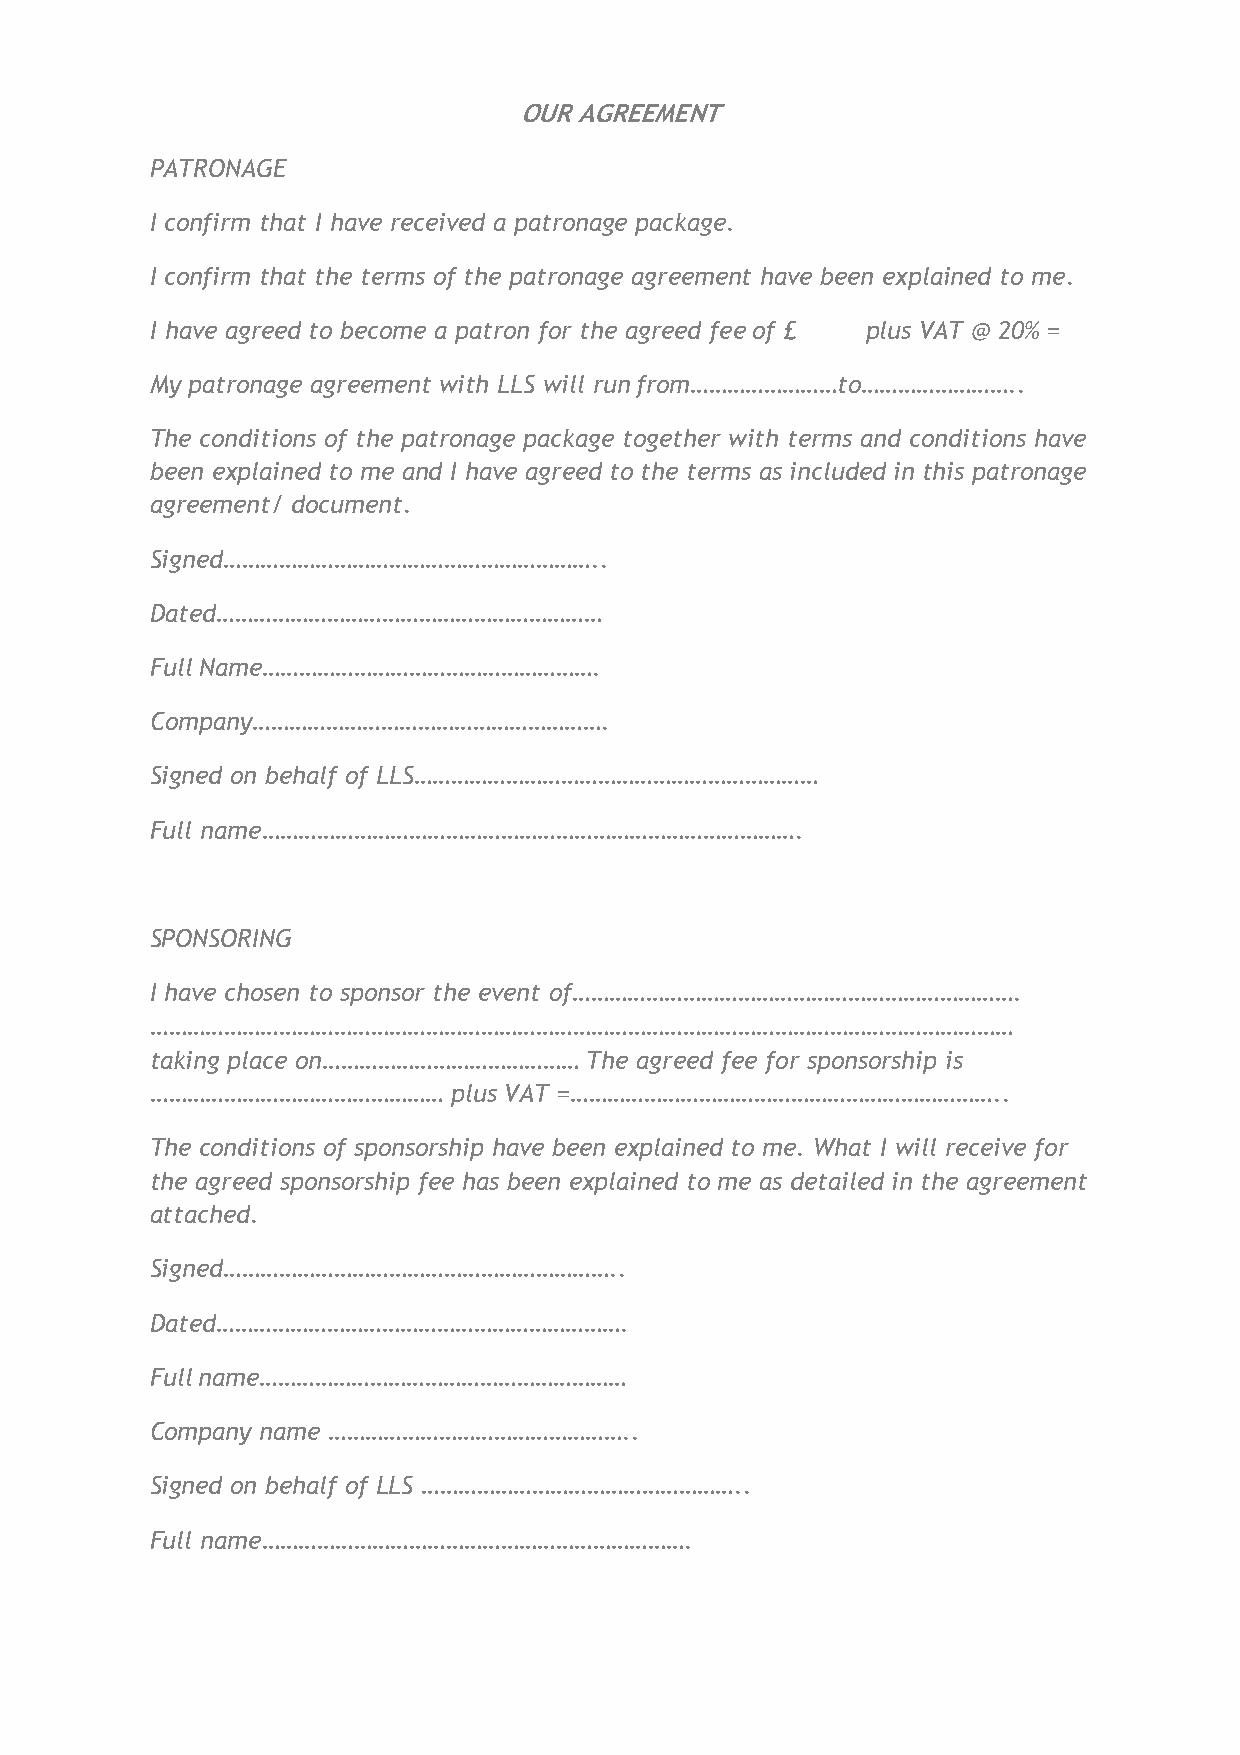
OUR AGREEMENT
 PATRONAGE
 I confirm that I have received a patronage package.
 I confirm that the terms of the patronage agreement have been explained to me.
 I have agreed to become a patron for the agreed fee of £ plus VAT @ 20% =
 My patronage agreement with LLS will run from……………………to……………………..
 The conditions of the patronage package together with terms and conditions have
 been explained to me and I have agreed to the terms as included in this patronage
 agreement/ document.
 Signed……………………………………………………..
 Dated………………………………………………………
 Full Name……………………………………………….
 Company………………………………………………….
 Signed on behalf of LLS…………………………………………………………
 Full name…………………………………………………………………………….
 SPONSORING
 I have chosen to sponsor the event of……………………………………………………………….
 ……………………………………………………………………………………………………………………………
 taking place on…………………………………… The agreed fee for sponsorship is
 …………………………………………    plus VAT =……………………………………………………………..
 The conditions of sponsorship have been explained to me. What I will receive for
 the agreed sponsorship fee has been explained to me as detailed in the agreement
 attached.
 Signed………………………………………………………..
 Dated………………………………………………………….
 Full name……………………………………………………
 Company name …………………………………………..
 Signed on behalf of LLS ……………………………………………..
 Full name…………………………………………………………….